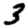
Digit: 3